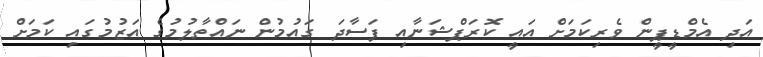
އަދި އެމްޑީޕީން ވެރިކަމަށް އައީ ކޮރަޕްޝަނާއި ފަސާދަ ގައުމުން ނައްތާލުމުގެ އަޒުމުގައި ކަމަށް